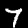
Label: 7